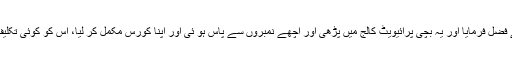
اللہ تعالیٰ نے فضل فرمایا اور یہ بچی پرائیویٹ کالج میں پڑھی اور اچھے نمبروں سے پاس ہو ئی اور اپنا کورس مکمل کر لیا، اس کو کوئی تکلیف نہیں ہوئی۔